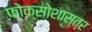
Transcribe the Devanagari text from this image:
फोक्सोशास्त्र